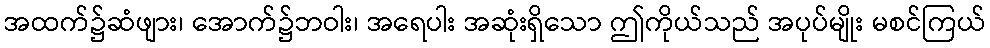
အထက်၌ဆံဖျား၊ အောက်၌ဘဝါး၊ အရေပါး အဆုံးရှိသော ဤကိုယ်သည် အပုပ်မျိုး မစင်ကြယ်